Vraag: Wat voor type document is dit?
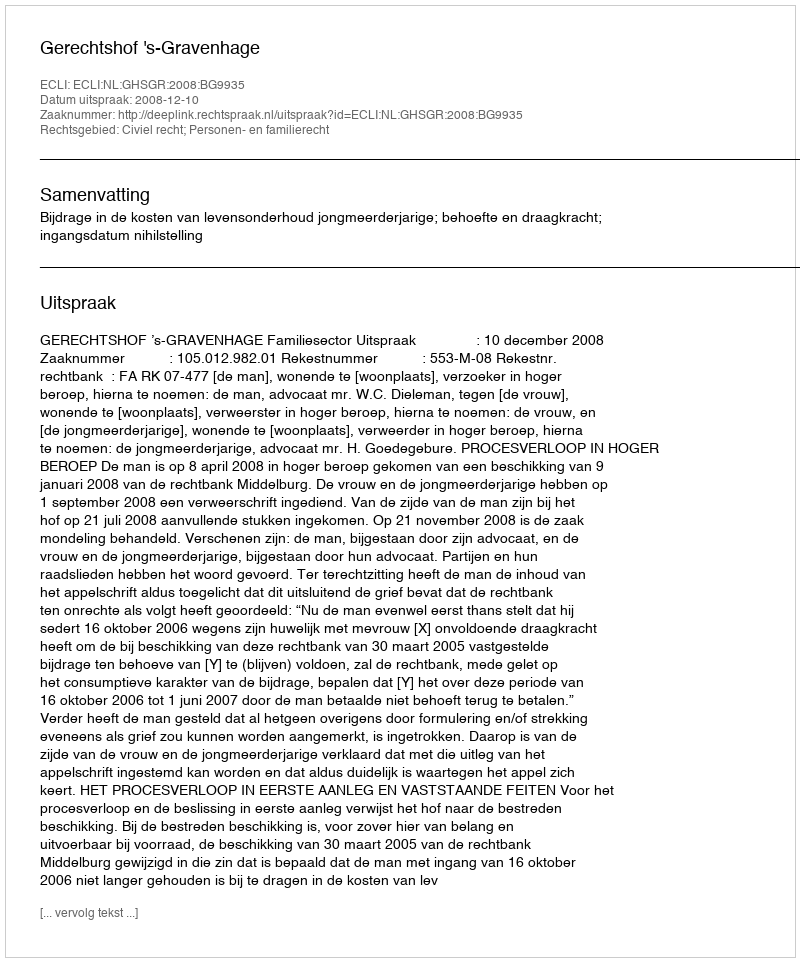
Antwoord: Uitspraak